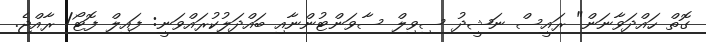
ގޮތް ހައްދަވާނަން" ރައީސް ނަޝީދު ސިވިލް ސާވަންޓުންނާއި ބައްދަލުކުރައްވަނީ: ފައިލް ފޮޓޯ/ ރާއްޖެ.